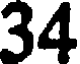
34